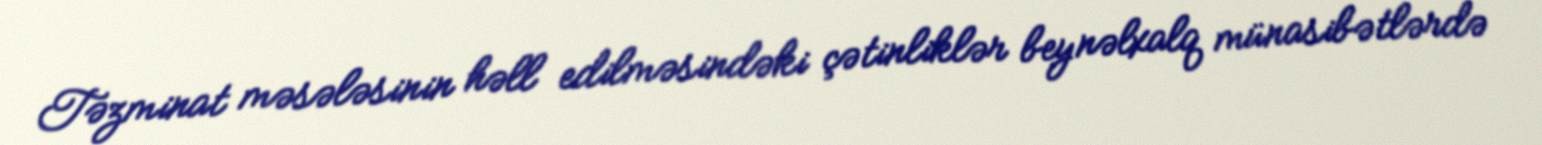
Təzminat məsələsinin həll edilməsindəki çətinliklər beynəlxalq münasibətlərdə